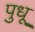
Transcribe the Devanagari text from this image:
पुधू